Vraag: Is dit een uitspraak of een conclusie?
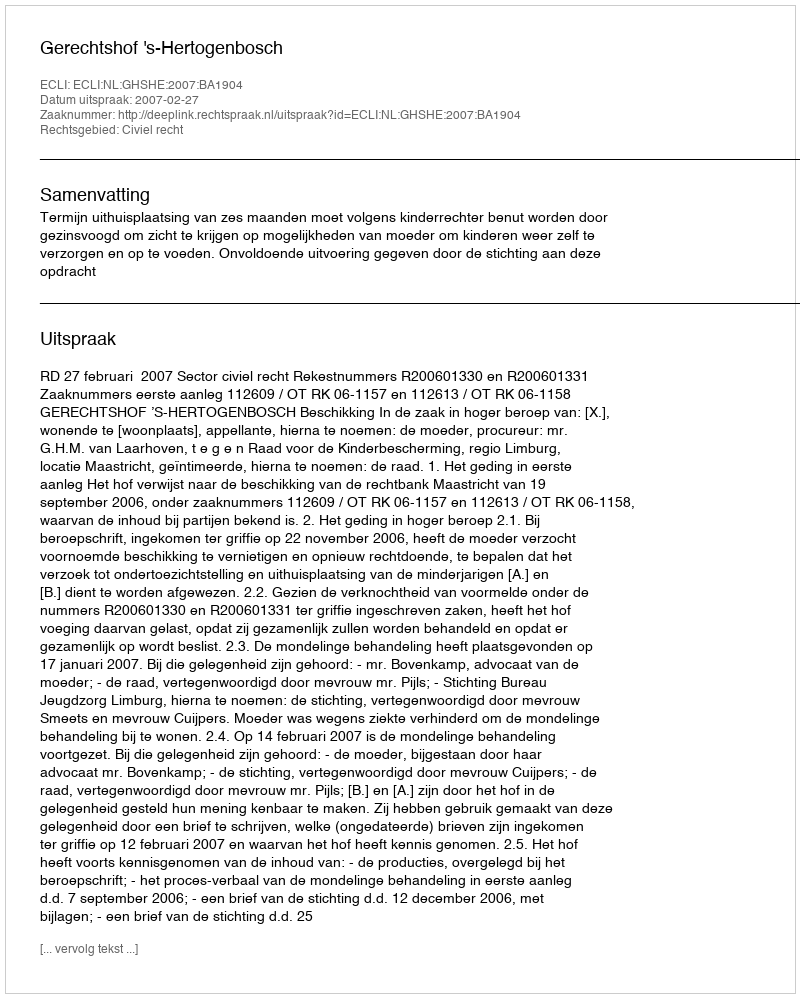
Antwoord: Uitspraak